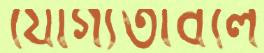
যোগ্যতাবলে